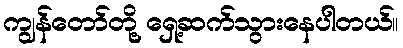
ကျွန်တော်တို့ ရှေ့ဆက်သွားနေပါတယ်။